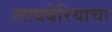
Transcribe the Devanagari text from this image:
लायबेरियाचा